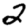
Digit: 2